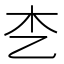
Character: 朰